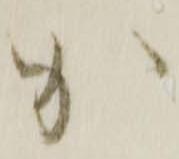
加